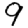
Digit: 9